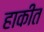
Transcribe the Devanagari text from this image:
हाकीत